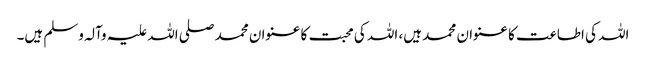
اللہ کی اطاعت کا عنوان محمد ہیں، اللہ کی محبت کا عنوان محمد صلی اللہ علیہ وآلہ وسلم ہیں۔